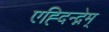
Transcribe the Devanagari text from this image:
एह्दिन्द्नेम्